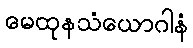
မေထုနသံယောဂါနံ